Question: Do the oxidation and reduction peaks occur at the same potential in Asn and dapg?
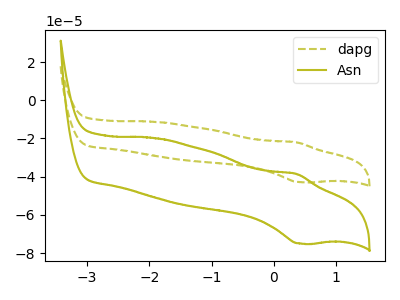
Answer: <think>The olive dashed curve "dapg" has an anodic peak at (0.35V, -22.05uA) and a cathodic peak at (0.40V, -42.85uA). The olive curve "Asn" has an anodic peak at (0.35V, -38.55uA) and a cathodic peak at (0.40V, -74.95uA).</think>
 <answer>Yes, "Asn" have a peak in "dapg" at the same potential.</answer>
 <eval>match</eval>